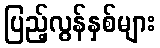
ပြည့်လွန်နှစ်များ